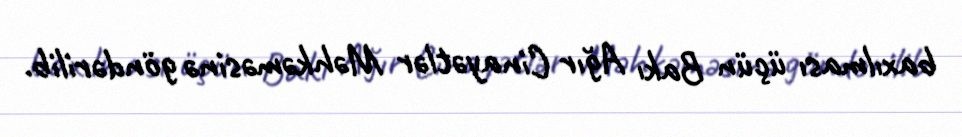
baxılması üçün Bakı Ağır Cinayətlər Məhkəməsinə göndərilib.